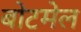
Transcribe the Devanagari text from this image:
बोटमेल